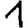
Digit: 1